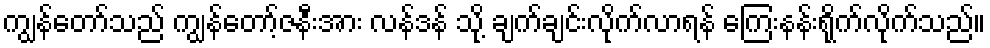
ကျွန်တော်သည် ကျွန်တော့်ဇနီးအား လန်ဒန် သို့ ချက်ချင်းလိုက်လာရန် ကြေးနန်းရိုက်လိုက်သည်။